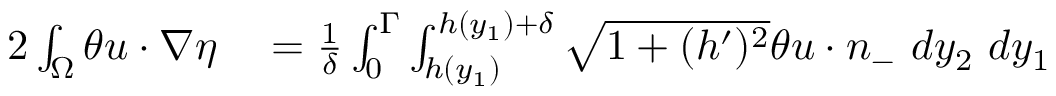
\begin{array} { r l } { 2 \int _ { \Omega } \theta u \cdot \nabla \eta } & { { } = \frac { 1 } { \delta } \int _ { 0 } ^ { \Gamma } \int _ { h ( y _ { 1 } ) } ^ { h ( y _ { 1 } ) + \delta } \sqrt { 1 + ( h ^ { \prime } ) ^ { 2 } } \theta u \cdot n _ { - } \ d y _ { 2 } \ d y _ { 1 } } \end{array}